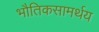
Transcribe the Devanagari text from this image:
भौतिकसामर्थय